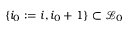
\{ i _ { 0 } : = i , i _ { 0 } + 1 \} \subset \mathcal { L } _ { 0 }